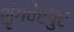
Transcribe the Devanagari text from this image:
शृंगवेरपुर